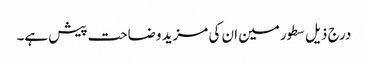
درج ذیل سطور مین ان کی مزید وضاحت پیش ہے۔